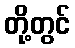
တို့တွင်